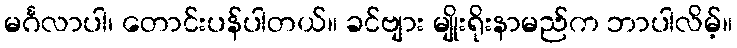
မင်္ဂလာပါ၊ တောင်းပန်ပါတယ်။ ခင်ဗျား မျိုးရိုးနာမည်က ဘာပါလိမ့်။